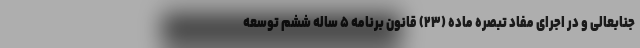
جنابعالی و در اجرای مفاد تبصره ماده (۲۳) قانون برنامه ۵ ساله ششم توسعه